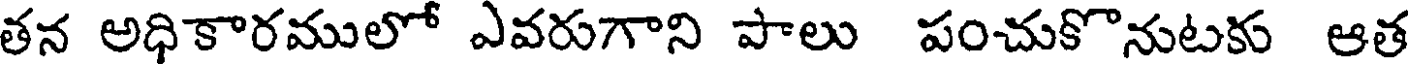
తన అధికారములో ఎవరుగాని పాలు పంచుకొనుటకు ఆత